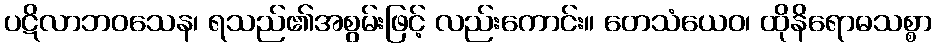
ပဋိလာဘဝသေန၊ ရသည်၏အစွမ်းဖြင့် လည်းကောင်း။ တေသံယေဝ၊ ထိုနိရောဓသစ္စာ